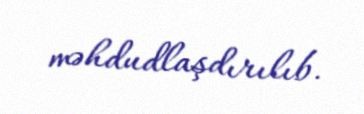
məhdudlaşdırılıb.